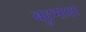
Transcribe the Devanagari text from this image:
बहुभाशा